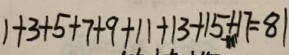
1 + 3 + 5 + 7 + 9 + 1 1 + 1 3 + 1 5 + 1 7 = 8 1